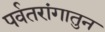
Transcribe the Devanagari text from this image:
पर्वतरांगातुन